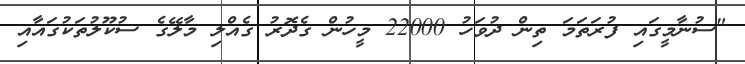
"ސުނާމީގައި ފުރަތަމަ ތިން ދުވަހު 22000 މީހުން ގެދޮރު ގެއްލި މާލޭގެ ސުކޫލުތަކުގައާއި